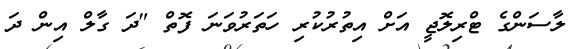
ލާސަންގެ ޓްރިލޮޖީ އަށް އިތުރުކުރި ހަތަރުވަނަ ފޮތް "ދަ ގާލް އިން ދަ